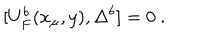
[ U _ { F } ^ { b } ( x _ { \mu } , y ) , \Delta ^ { b } ] = 0 ~ .